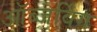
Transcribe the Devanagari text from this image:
ऑब्जर्विंग